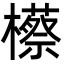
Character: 櫒